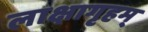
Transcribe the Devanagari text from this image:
लाक्षागृहम्